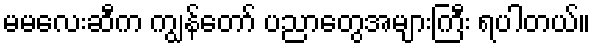
မမလေးဆီက ကျွန်တော် ပညာတွေအများကြီး ရပါတယ်။